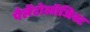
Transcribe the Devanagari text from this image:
पैलेंटोलॉजिस्ट